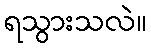
ရသွားသလဲ။